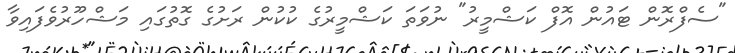
"ސެފްރޮން ޓައުން އޮފް ކަޝްމީރު" ނުވަތަ ކަޝްމީރުގެ ކުކުން ރަށުގެ ގޮތުގައި މަޝްހޫރުވެފައިވާ